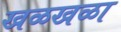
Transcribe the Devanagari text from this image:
खळखळा